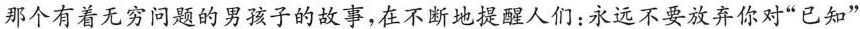
那个有着无穷问题的男孩子的故事，在不断地提醒人们：永远不要放弃你对”已知”